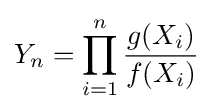
Y_{n}=\prod _{i=1}^{n}{\frac {g(X_{i})}{f(X_{i})}}